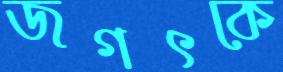
জগৎকে